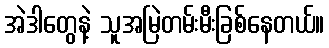
အဲဒါတွေနဲ့ သူအမြဲတမ်းမီးခြစ်နေတယ်။